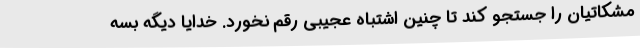
مشکاتیان را جستجو کند تا چنین اشتباه عجیبی رقم نخورد. خدایا دیگه بسه